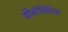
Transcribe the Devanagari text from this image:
सीनोसिटिक